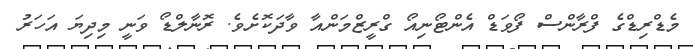
މެޑްރިޑްގެ ފްރާންސް ފޯވަޑް އެންޓޯނިއޯ ގްރީޒްމަންއާ ވާދަކޮށެވެ. ރޮނާލްޑޯ ވަނީ މިދިޔަ އަހަރު